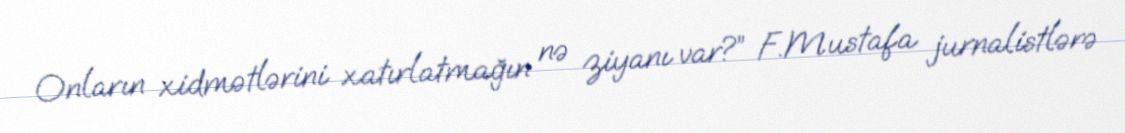
Onların xidmətlərini xatırlatmağın nə ziyanı var?” F.Mustafa jurnalistlərə